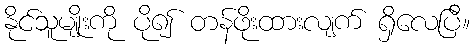
နိုင်သူမျိုးကို ပို၍ တန်ဖိုးထားလျက် ရှိလေပြီ။